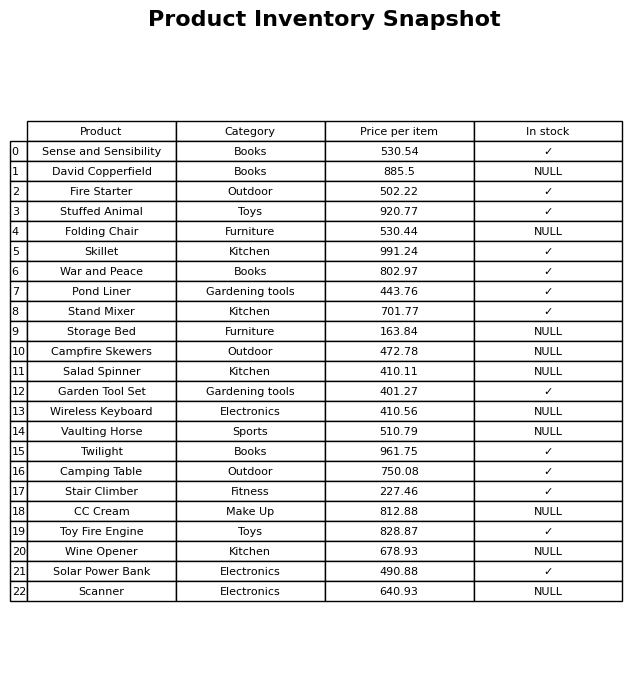
question: What is the price of the Pond Liner?
answer: The price of Pond Liner is 443.76.